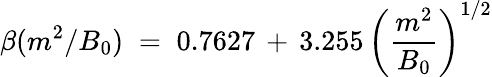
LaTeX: \beta(m^{2}/B_{0})\; =\; 0.7627\, +\, 3.255\, \left(\frac{m^{2}}{B_{0}}\right)^{1/2}